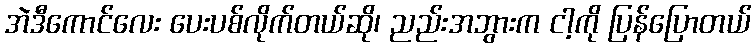
အဲဒီကောင်လေး ပေးပစ်လိုက်တယ်ဆို၊ ညည်းအဘွားက ငါ့ကို ပြန်ပြောတယ်